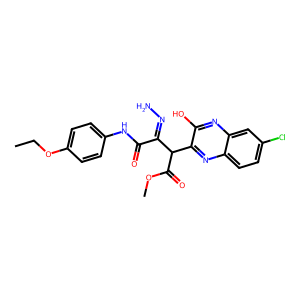
SMILES: CCOc1ccc(NC(=O)C(=NN)C(C(=O)OC)c2nc3ccc(Cl)cc3nc2O)cc1
Inhibits HIV replication: No